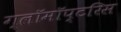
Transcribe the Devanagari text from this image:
ग्लॉमॉप्टरिस